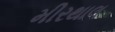
મીરથાલ